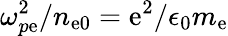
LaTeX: \omega_{p\mathrm{e}}^{2}/n_{\mathrm{e}0}=\mathrm{e}^{2}/\epsilon_{0}m_{\mathrm{e}}